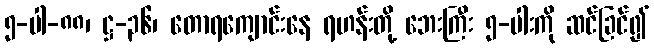
၅-ပါ-၈၈၊ ဋ္ဌ-၃၆၊ တောရကျောင်းနေ ရဟန်းတို့ ဘေးကြီး ၅-ပါးကို ဆင်ခြင်၍